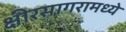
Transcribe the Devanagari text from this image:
क्षीरसागरामध्ये